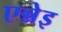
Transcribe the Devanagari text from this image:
एन्नेइ